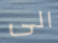
الى